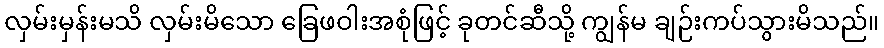
လှမ်းမှန်းမသိ လှမ်းမိသော ခြေဖဝါးအစုံဖြင့် ခုတင်ဆီသို့ ကျွန်မ ချဉ်းကပ်သွားမိသည်။